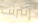
إنترنت